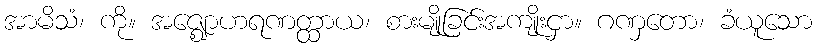
အာမိသံ၊ ကို။ အဇ္ဈောဟရဏတ္ထာယ၊ စားမျိုခြင်းအကျိုးငှာ။ ဂဏှတော၊ ခံယူသော